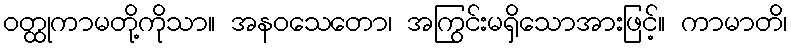
ဝတ္ထုကာမတို့ကိုသာ။ အနဝသေတော၊ အကြွင်းမရှိသောအားဖြင့်။ ကာမာတိ၊